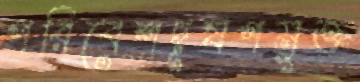
পরিবেশদূষণমুক্ত